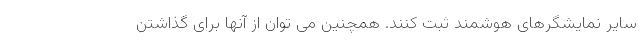
سایر نمایشگرهای هوشمند ثبت کنند. همچنین می توان از آنها برای گذاشتن